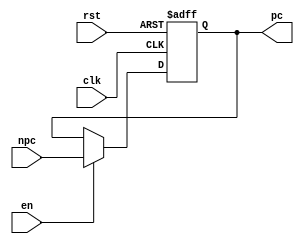
//`timescale 1ns / 1ps
//////////////////////////////////////////////////////////////////////////////////
// Company: 
// Engineer: 
// 
// Design Name: 
// Module Name: PC
// Project Name: 
// Target Devices: 
// Tool Versions: 
// Description: 
// 
// Dependencies: 
// 
// Revision:
// Revision 0.01 - File Created
// Additional Comments:
// 
//////////////////////////////////////////////////////////////////////////////////


module PC (
    input                   [ 0 : 0]            clk,
    input                   [ 0 : 0]            rst,
    input                   [ 0 : 0]            en,
    input                   [31 : 0]            npc,

    output      reg         [31 : 0]            pc
);

always @(posedge clk or posedge rst) begin
    if(rst)begin
        pc <= 32'h1C000000;
    end
    else if(en)begin
        pc <= npc;
    end  
end

endmodule